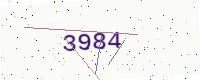
Text: 3984